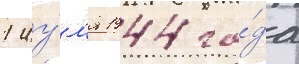
1 иу́л'я 1944 го́да